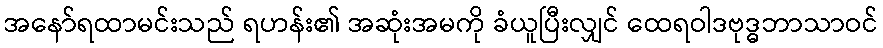
အနော်ရထာမင်းသည် ရဟန်း၏ အဆုံးအမကို ခံယူပြီးလျှင် ထေရဝါဒဗုဒ္ဓဘာသာဝင်